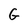
Character: G